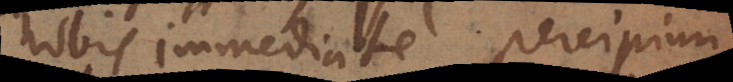
nobis immediate percipiun